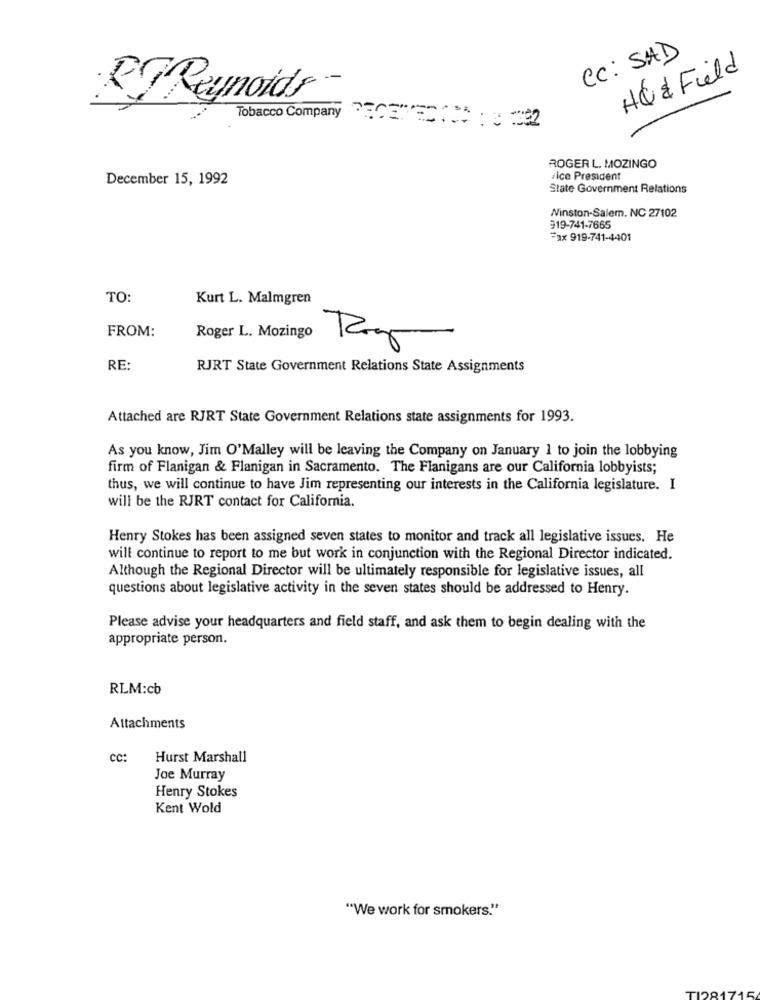
CC: SAD
H& & Field
RT Reynolds-
Tobacco Company PENEC ( ** : 3 22
ROGER L. MOZINGO
December 15, 1992
vice President
State Government Relations
Winston-Salem. NC 27102
319-741-7665
Fax 919-741-4401
TO:
Kurt L. Malmgren
FROM:
Roger L. Mozingo
Roy
RE:
RJRT State Government Relations State Assignments
Attached are RJRT State Government Relations state assignments for 1993.
As you know, Jim O'Malley will be leaving the Company on January 1 to join the lobbying
firm of Flanigan & Flanigan in Sacramento. The Flanigans are our California lobbyists;
thus, we will continue to have Jim representing our interests in the California legislature. I
will be the RJRT contact for California.
Henry Stokes has been assigned seven states to monitor and track all legislative issues. He
will continue to report to me but work in conjunction with the Regional Director indicated.
Although the Regional Director will be ultimately responsible for legislative issues, all
questions about legislative activity in the seven states should be addressed to Henry.
Please advise your headquarters and field staff, and ask them to begin dealing with the
appropriate person.
RLM:cb
Attachments
cc:
Hurst Marshall
Joe Murray
Henry Stokes
Kent Wold
"We work for smokers."
AB
TI281